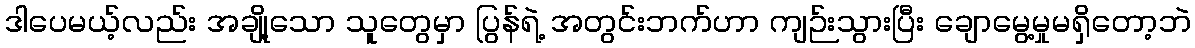
ဒါပေမယ့်လည်း အချို့သော သူတွေမှာ ပြွန်ရဲ့ အတွင်းဘက်ဟာ ကျဉ်းသွားပြီး ချောမွေ့မှုမရှိတော့ဘဲ